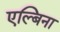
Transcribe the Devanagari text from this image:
एल्बिना